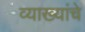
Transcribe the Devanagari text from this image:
व्याख्यांचे